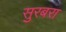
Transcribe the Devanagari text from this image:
सुरबरा